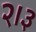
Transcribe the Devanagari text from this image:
२।३